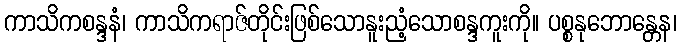
ကာသိကစန္ဒနံ၊ ကာသိကရာဇ်တိုင်းဖြစ်သောနူးညံ့သောစန္ဒကူးကို။ ပစ္စနုဘောန္တေန၊